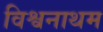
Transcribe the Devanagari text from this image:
विश्वनाथम